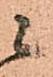
ニ